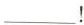
___!